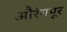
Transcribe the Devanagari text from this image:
औरंगपूर